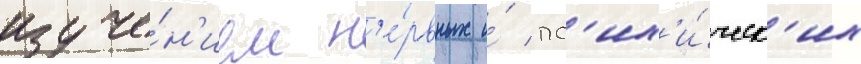
изуче́н'ием н'е́рвных и́ пс'их'и́ческ'их